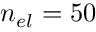
n _ { e l } = 5 0